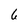
Character: 6